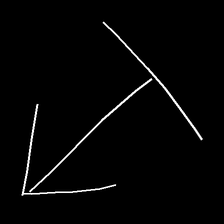
Glyph: levitation